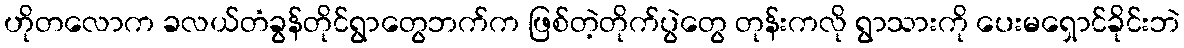
ဟိုတလောက ခလယ်တံခွန်တိုင်ရွာတွေဘက်က ဖြစ်တဲ့တိုက်ပွဲတွေ တုန်းကလို ရွာသားကို ပေးမရှောင်ခိုင်းဘဲ